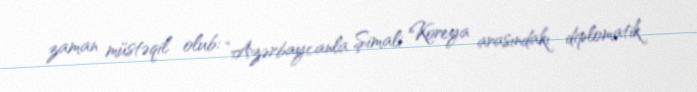
zaman müstəqil olub: “Azərbaycanla Şimali Koreya arasındakı diplomatik